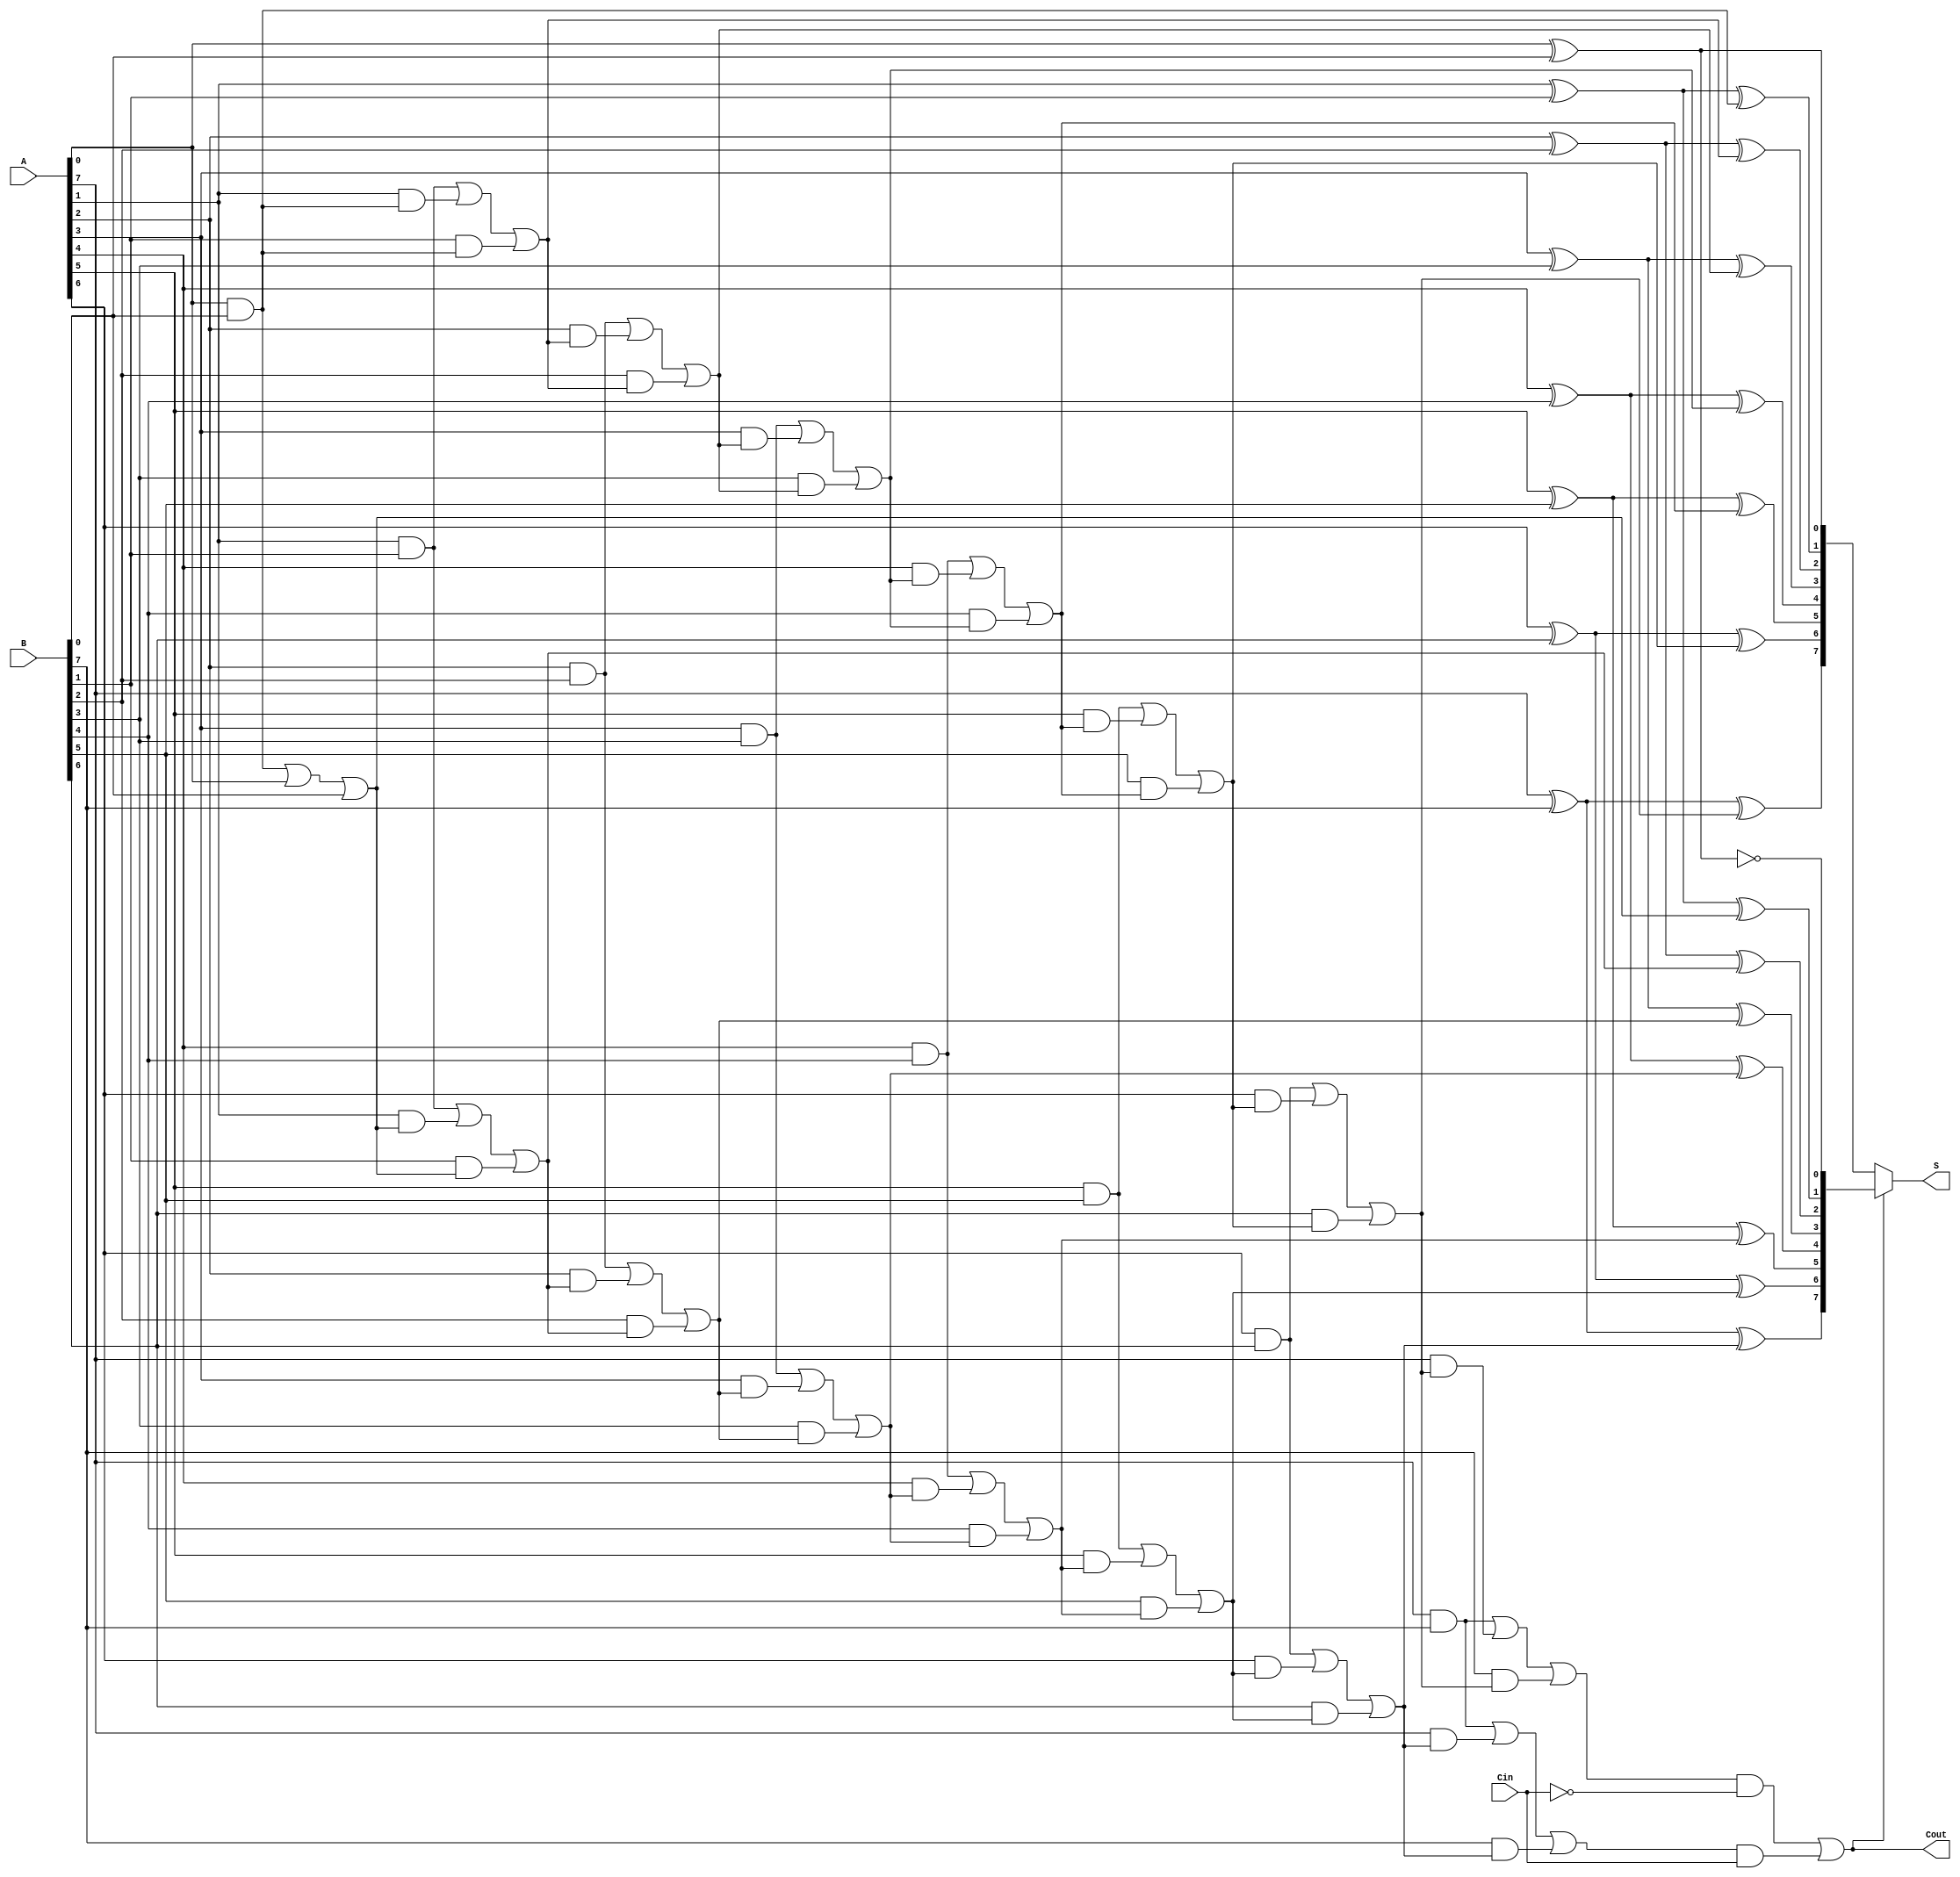
module conditional_sum_adder #(
    parameter N = 8 // Width of the input numbers
)(
    input [N-1:0] A,   // First n-bit binary number
    input [N-1:0] B,   // Second n-bit binary number
    input Cin,         // Carry-in
    output [N-1:0] S,  // Sum output
    output Cout        // Carry-out
);

    // Internal wires for sums and carries
    wire [N-1:0] S0, S1; // Sums assuming C=0 and C=1
    wire [N:0] C0, C1;   // Carry signals for C=0 and C=1

    // Full Adder logic
    genvar i;
    generate
        for (i = 0; i < N; i = i + 1) begin : full_adder_group
            if (i == 0) begin
                // First bit (LSB)
                assign S0[i] = A[i] ^ B[i] ^ 0; // S assuming C=0
                assign S1[i] = A[i] ^ B[i] ^ 1; // S assuming C=1
                assign C0[i+1] = (A[i] & B[i]) | (A[i] & 0) | (B[i] & 0); // C assuming C=0
                assign C1[i+1] = (A[i] & B[i]) | (A[i] & 1) | (B[i] & 1); // C assuming C=1
            end else begin
                // Other bits
                assign S0[i] = A[i] ^ B[i] ^ C0[i]; // S assuming C=0
                assign S1[i] = A[i] ^ B[i] ^ C1[i]; // S assuming C=1
                assign C0[i+1] = (A[i] & B[i]) | (A[i] & C0[i]) | (B[i] & C0[i]); // C assuming C=0
                assign C1[i+1] = (A[i] & B[i]) | (A[i] & C1[i]) | (B[i] & C1[i]); // C assuming C=1
            end
        end
    endgenerate

    // Carry select logic for final output
    assign Cout = C0[N] & ~Cin | C1[N] & Cin; // Final carry out

    // Select the appropriate sum based on the final carry
    assign S = Cout ? S1 : S0;

endmodule